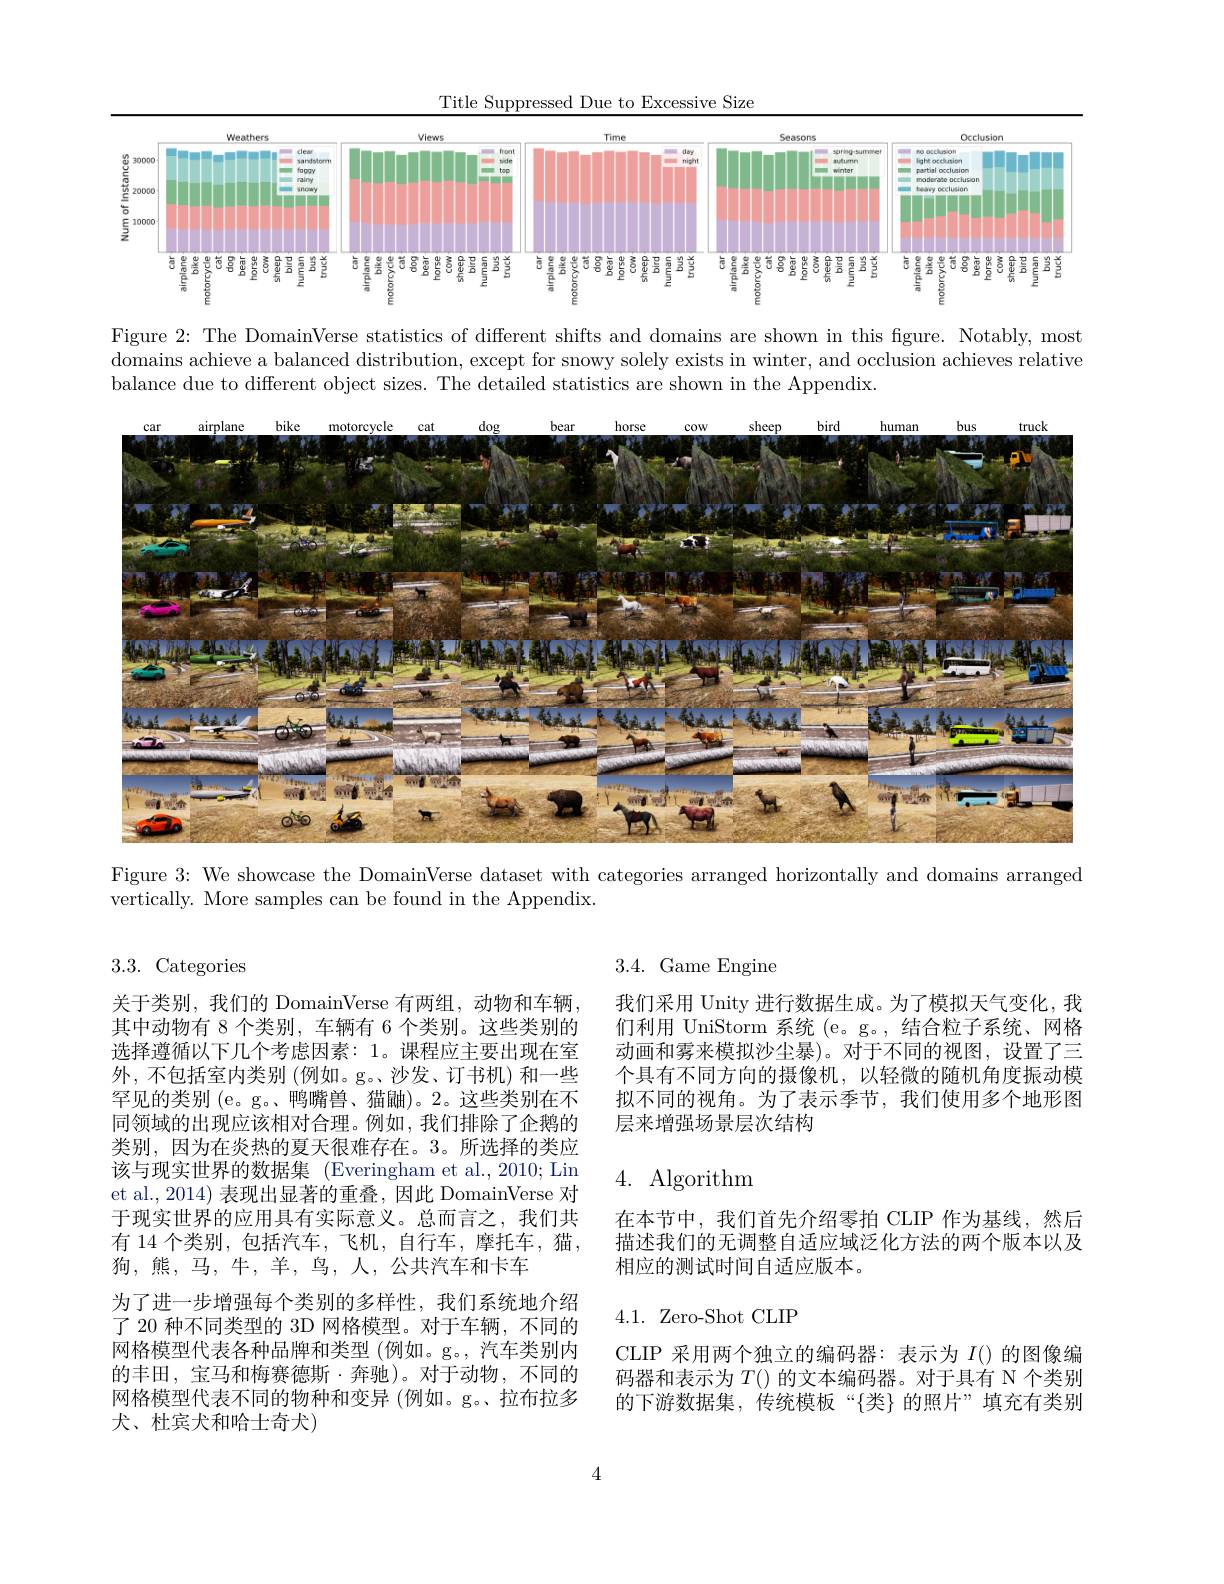
Title Suppressed Due to Excessive Size

<FigureHere>

Figure 2: The DomainVerse statistics of different shifts and domains are shown in this figure. Notably, most domains achieve a balanced distribution, except for snowy solely exists in winter, and occlusion achieves relative balance due to different object sizes. The detailed statistics are shown in the Appendix.

<FigureHere>

Figure 3: We showcase the DomainVerse dataset with categories arranged horizontally and domains arranged
vertically. More samples can be found in the Appendix.

3.4. Game Engine

我们采用 Unity 进行数据生成。为了模拟天气变化，我们利用 UniStorm 系统 (e。g。,结合粒子系统、网格动画和雾来模拟沙尘暴)。对于不同的视图，设置了三个具有不同方向的摄像机，以轻微的随机角度振动模拟不同的视角。为了表示季节，我们使用多个地形图层来增强场景层次结构

## 4. Algorithm

3.3.Categories
关于类别，我们的 DomainVerse 有两组，动物和车辆， 其中动物有 8 个类别，车辆有 6 个类别。这些类别的选择遵循以下几个考虑因素：1。课程应主要出现在室外，不包括室内类别 (例如。g。、沙发、订书机)和一些罕见的类别 (e。g。、鸭嘴兽、猫鼬)。2。这些类别在不同领域的出现应该相对合理。例如，我们排除了企鹅的类别，因为在炎热的夏天很难存在。3。所选择的类应该与现实世界的数据集 (Everingham et al.,2010; Lin et al., 2014) 表现出显著的重叠，因此 DomainVerse 对于现实世界的应用具有实际意义。总而言之，我们共有 14 个类别，包括汽车，飞机，自行车，摩托车，猫， 狗，熊，马，牛，羊，鸟，人，公共汽车和卡车
为了进一步增强每个类别的多样性，我们系统地介绍了 20 种不同类型的 3D 网格模型。对于车辆，不同的网格模型代表各种品牌和类型 (例如。g。, 汽车类别内的丰田，宝马和梅赛德斯·奔驰)。对于动物，不同的网格模型代表不同的物种和变异 (例如。g。、拉布拉多大、杜宾犬和哈士奇犬)

在本节中，我们首先介绍零拍 CLIP 作为基线，然后描述我们的无调整自适应域泛化方法的两个版本以及相应的测试时间自适应版本。

## 4.1. Zero-Shot CLIP

CLIP 采用两个独立的编码器：表示为$I()$的图像编码器和表示为$T($) 的文本编码器。对于具有 N 个类别的下游数据集，传统模板“{类}的照片”填充有类别